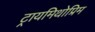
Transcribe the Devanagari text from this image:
ट्रायमिथोप्रिम